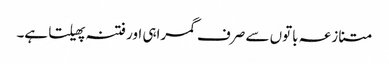
متنازعہ باتوں سے صرف گمراہی اور فتنہ پھیلتا ہے۔